Report of the Indian Hemp Drugs Commission, 1894-1895 - Volume VI
Year: 1894
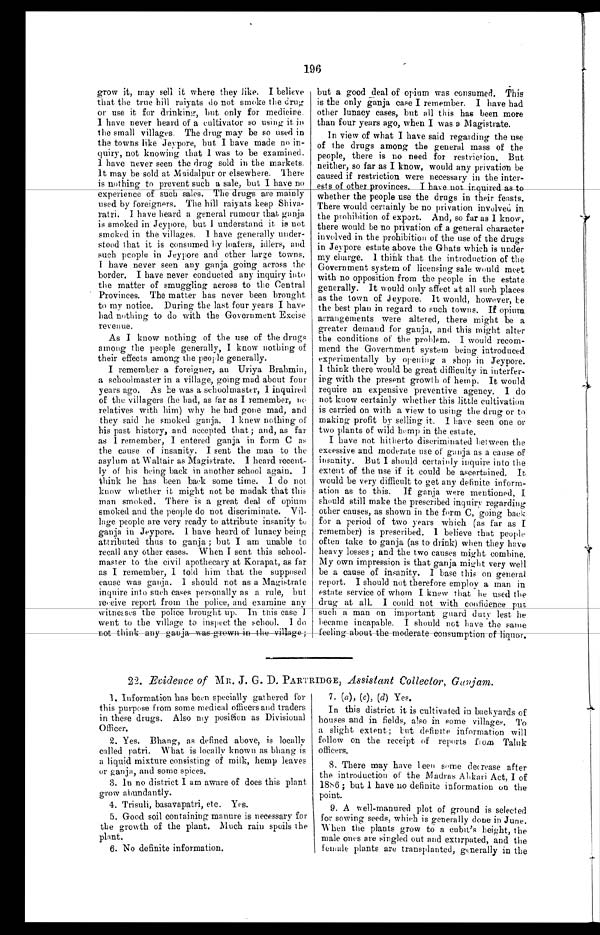
196
grow it, may sell it where they like. I believe
that the true hill raiyats do not smoke the drug
or use it for drinking, but only for medicine.
I have never heard of a cultivator so using it in
the small villages. The drug may be so used in
the towns like Jeypore, but I have made no in-
- q u i r y , n o t k n o w i n g t h a t 1 w a s t o b e e x a m i n e d .
I have never seen the drug sold in the markets.
It may be sold at Maidalpur or elsewhere. There
is nothing to prevent such a sale, but I have no
experience of such sales. The drugs are mainly
used by foreigners. The hill raiyats keep
S h i v a - r a t r i . I h a v e h e a r d a g e n e r a l r u m o u r t h a t g a n j a
is smoked in Jeypore, but I understand it is not
smoked in the villages. I have generally under--
stood that it is consumed by loafers, idlers, and
such people in Jeypore and other large towns.
I have never seen any ganja going across the
border. I have never conducted any inquiry into
the matter of smuggling across to the Central
Provinces. The matter has never been brought
to my notice. During the last four years I have
had nothing to do with the Government Excise
revenue.
As I know nothing of the use of the drugs
among the people generally, I know nothing of
their effects among the people generally.
I remember a foreigner, an Uriya Brahmin,
a schoolmaster in a village, going mad about four
years ago. As he was a schoolmaster, I inquired
of the villagers (he had, as far as I remember, no
relatives with him) why he had gone mad, and
they said he smoked ganja. I knew nothing of
his past history, and accepted that ; and, as far
as I remember, I entered ganja in form C
a s t h e c a u s e o f i n s a n i t y . I s e n t t h e m a n t o t h e
asylum at Waltair as Magistrate. I heard recent-
-ly of his being back in another school again.
I think he has been back some time. I do not
know whether it might not be madak that this
man smoked. There is a great deal of opium
smoked and the people do not discriminate. Vil-
lage people are very ready to attribute insanity to
ganja in Jeypore. I have heard of lunacy being
attributed thus to ganja; but I am unable to
recall any other cases. When I sent this school-
master to the civil apothecary at Korapat, as far
as I remember, I told him that the supposed
cause was ganja. I should not as a Magistrate
inquire into such cases personally as a rule, but
receive report from the police, and examine any
witnesses the police brought up. In this case I
went to the village to inspect the school. I do
not think any ganja was grown in the village;
but a good deal of opium was consumed. This
is the only ganja case I remember. I have had
other lunacy cases, but all this has been more
than four years ago, when I was a Magistrate.
In view of what I have said regarding the use
of the drugs among the general mass of the
people, there is no need for restriction. But
neither, so far as I know, would any privation be
caused if restriction were necessary in the inter--
ests of other provinces. I have not inquired as t o
whether the people use the drugs in their feasts.
There would certainly be no privation involved in
the prohibition of export. And, so far as I know,
there would be no privation of a general character
involved in the prohibition of the use of the drugs
in Jeypore estate above the Ghats which is under
my charge. I think that the introduction of the
Government system of licensing sale would meet
with no opposition from the people in the estate
generally. It would only affect at all such places
as the town of Jeypore. It would, however, be
the best plan in regard to such towns. If opium
arrangements were altered, there might be a
greater demand for ganja, and this might alter
the conditions of the problem. I would recom-
mend the Government system being introduced
experimentally by opening a shop in Jeypore.
I think there would be great difficulty in interfer-
ing with the present growth of hemp. It would
require an expensive preventive agency. I do
not know certainly whether this little cultivation
is carried on with a view to using the drug or to
making profit by selling it. I have seen one or
two plants of wild hemp in the estate.
I have not hitherto discriminated between the
excessive and moderate use of ganja as a cause of
insanity. But I should certainly inquire into the
extent of the use if it could be ascertained. It
would be very difficult to get any definite inform-
ation as to this. If ganja were mentioned, I
should still make the prescribed inquiry regarding
other causes, as shown in the form C, going back
for a period of two years which (as far as I
remember) is prescribed. I believe that people
often take to ganja (as to drink) when they have
heavy losses; and the two causes might combine.
My own impression is that ganja might very well
be a cause of insanity. I base this on general
report. I should not therefore employ a man in
estate service of whom I knew that he used the
drug at all. I could not with confidence put
such a man on important guard duty lest he
became incapable. I should not have the same feeling about the moderate consumption of liquor.
c o n s u m p t i o n
22. Evidence of MR. J. G. D. PARTRIDGE, Assistant collector, Ganjam.
1. Information has been specially gathered for
this purpose from some medical officers and traders
in these drugs. Also my position as Divisional
Officer.
2. Yes. Bhang, as defined above, is locally
called patri. What is locally known as bhang is
a liquid mixture consisting of milk, hemp leaves
or ganja, and some spices.
3. In no district I am aware of does this plant
grow abundantly.
4. Trisuli, basavapatri, etc. Yes.
5. Good soil containing manure is necessary for
the growth of the plant. Much rain spoils the
plant.
6. No definite information.
7.
7. (a) , (c) , (d) Yes.
In this district it is cultivated in backyards of
houses and in fields, also in some villages. To
a slight extent; but definite information will
follow on the receipt of reports from Taluk
officers.
8. There may have been some decrease after
the introduction of the Madras Abkari Act, I of
1886; but I have no definite information on the
point.
9. A well-manured plot of ground is selected
for sowing seeds, which is generally done in June.
When the plants grow to a cubit's height, the
male ones are singled out and extirpated, and the
female plants are transplanted, generally in the